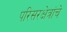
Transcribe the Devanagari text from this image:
परिसरक्षेत्रांचे